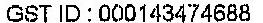
GST ID: 000143474688